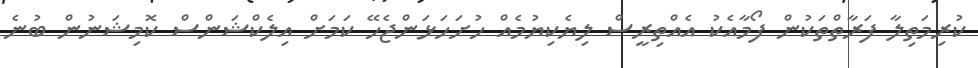
ކުރިމަތިލާ ފަރާތްތަކުން ފޯމާއެކު އެއްތިރީސް ލިޔެކިޔުމެއް ހުށަހަޅަންޖެހޭ ކަމަށް އިލެކްޝަންސް ކޮމިޝަނުން ބުނެ